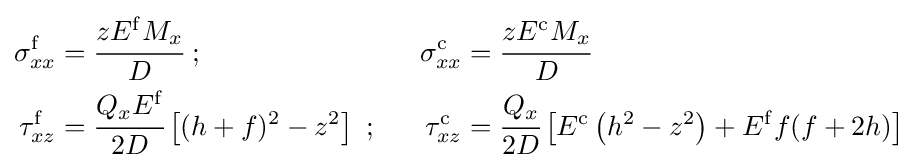
{\begin{aligned}\sigma _{xx}^{\mathrm {f} }&={\cfrac {zE^{\mathrm {f} }M_{x}}{D}}~;~~&\sigma _{xx}^{\mathrm {c} }&={\cfrac {zE^{\mathrm {c} }M_{x}}{D}}\\\tau _{xz}^{\mathrm {f} }&={\cfrac {Q_{x}E^{\mathrm {f} }}{2D}}\left[(h+f)^{2}-z^{2}\right]~;~~&\tau _{xz}^{\mathrm {c} }&={\cfrac {Q_{x}}{2D}}\left[E^{\mathrm {c} }\left(h^{2}-z^{2}\right)+E^{\mathrm {f} }f(f+2h)\right]\end{aligned}}